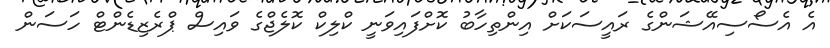
އެ އެސޯސިއޭޝަންގެ ރައީސަކަށް އިންތިހާބު ކޮށްފައިވަނީ ކްލިކް ކޮލެޖްގެ ވައިސް ޕްރެޒިޑެންޓް ހަސަން